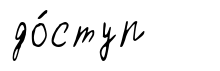
до́ступ